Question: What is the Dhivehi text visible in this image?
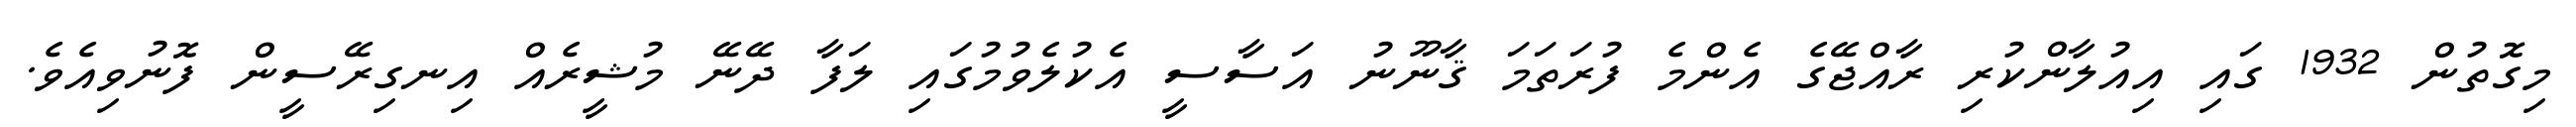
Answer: މިގޮތުން 1932 ގައި އިއުލާންކުރި ރާއްޖޭގެ އެންމެ ފުރަތަމަ ޤާނޫނު އަސާސީ އެކުލެވުމުގައި ލަފާ ދޭނޭ މުޝީރެއް އިނގިރޭސީން ފޮނުވިއެވެ.